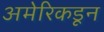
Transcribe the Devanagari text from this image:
अमेरिकडून